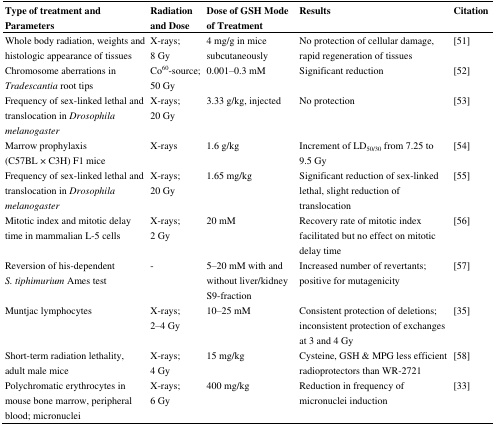
<table><thead><tr><td><b>Type of treatment and Parameters</b></td><td><b>Radiation and Dose</b></td><td><b>Dose of GSH Mode of Treatment</b></td><td><b>Results</b></td><td><b>Citation</b></td></tr></thead><tbody><tr><td>Whole body radiation, weights and histologic appearance of tissues </td><td>X-rays; 8 Gy</td><td>4 mg/g in mice subcutaneously</td><td>No protection of cellular damage, rapid regeneration of tissues</td><td>[51]</td></tr><tr><td>Chromosome aberrations in <i>Tradescantia</i> root tips </td><td>Co<sup>60</sup>-source; 50 Gy </td><td>0.001–0.3 mM</td><td>Significant reduction</td><td>[52]</td></tr><tr><td>Frequency of sex-linked lethal and translocation in <i>Drosophila melanogaster</i></td><td>X-rays; 20 Gy</td><td>3.33 g/kg, injected </td><td>No protection </td><td>[53]</td></tr><tr><td>Marrow prophylaxis (C57BL × C3H) F1 mice</td><td>X-rays</td><td>1.6 g/kg</td><td>Increment of LD<sub>50/30</sub> from 7.25 to 9.5 Gy </td><td>[54]</td></tr><tr><td>Frequency of sex-linked lethal and translocation in <i>Drosophila melanogaster</i></td><td>X-rays; 20 Gy</td><td>1.65 mg/kg </td><td>Significant reduction of sex-linked lethal, slight reduction of translocation </td><td>[55]</td></tr><tr><td>Mitotic index and mitotic delay time in mammalian L-5 cells </td><td>X-rays; 2 Gy</td><td>20 mM</td><td>Recovery rate of mitotic index facilitated but no effect on mitotic delay time</td><td>[56]</td></tr><tr><td>Reversion of his-dependent <i>S. tiphimurium</i> Ames test</td><td>-</td><td>5–20 mM with and without liver/kidney S9-fraction </td><td>Increased number of revertants; positive for mutagenicity</td><td>[57]</td></tr><tr><td>Muntjac lymphocytes </td><td>X-rays; 2–4 Gy </td><td>10–25 mM </td><td>Consistent protection of deletions; inconsistent protection of exchanges at 3 and 4 Gy</td><td>[35]</td></tr><tr><td>Short-term radiation lethality, adult male mice</td><td>X-rays; 4 Gy</td><td>15 mg/kg </td><td>Cysteine, GSH &amp; MPG less efficient radioprotectors than WR-2721 </td><td>[58]</td></tr><tr><td>Polychromatic erythrocytes in mouse bone marrow, peripheral blood; micronuclei</td><td>X-rays; 6 Gy</td><td>400 mg/kg</td><td>Reduction in frequency of micronuclei induction</td><td>[33]</td></tr></tbody></table>